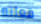
فعلته